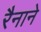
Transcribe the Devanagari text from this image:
रैनाने